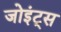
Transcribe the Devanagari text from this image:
जोइंट्स